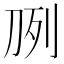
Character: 𰄧